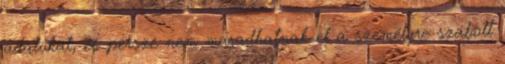
adatokat, és persze nem maradhatnak el a személyre szabott